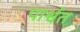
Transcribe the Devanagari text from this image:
पार्श्वत